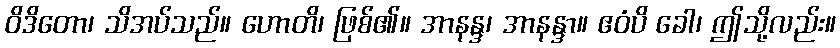
ဝိဒိတော၊ သိအပ်သည်။ ဟောတိ၊ ဖြစ်၏။ အာနန္ဒ၊ အာနန္ဒာ။ ဧဝံပိ ခေါ၊ ဤသို့လည်း။